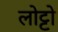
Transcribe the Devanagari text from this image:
लोट्टो